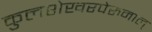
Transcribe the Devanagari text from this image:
कुलशेखरपेरुमाल्